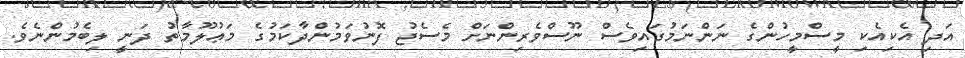
އަދި އެކިއެކި މީސްމީހުންގެ ނަންނަމުގައިވެސް ނޫސްވެރިންނަށް މެސެޖު ފޮނުވަމުންދާކަމުގެ މަޢުލޫމާތު ދަނީ ލިބެމުންނެވެ.